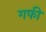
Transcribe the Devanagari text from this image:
गफी